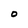
Character: O